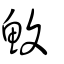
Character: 鰒